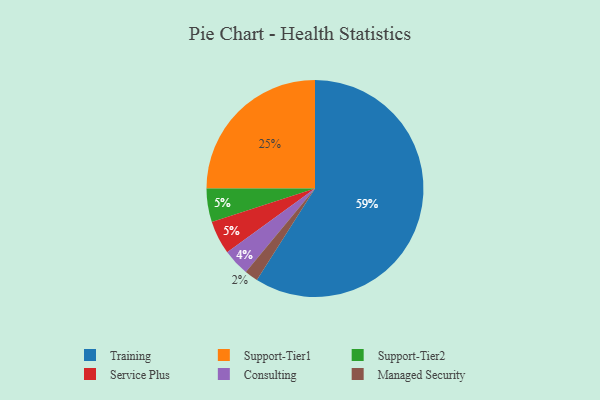
{"axis": {"x": "Category", "y": "Percentage"}, "legend": ["Consulting", "Managed Security", "Service Plus", "Support-Tier1", "Support-Tier2", "Training"], "data": [{"x": "Support-Tier2", "y": 5, "type": "Support-Tier2"}, {"x": "Support-Tier1", "y": 25, "type": "Support-Tier1"}, {"x": "Service Plus", "y": 5, "type": "Service Plus"}, {"x": "Managed Security", "y": 2, "type": "Managed Security"}, {"x": "Consulting", "y": 4, "type": "Consulting"}, {"x": "Training", "y": 59, "type": "Training"}]}